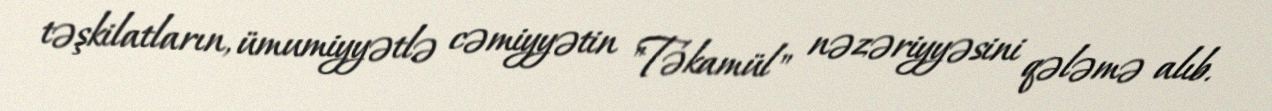
təşkilatların, ümumiyyətlə cəmiyyətin "Təkamül" nəzəriyyəsini qələmə alıb.